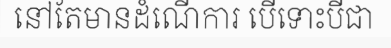
នៅតែមានដំណើការ បើទោះបីជា